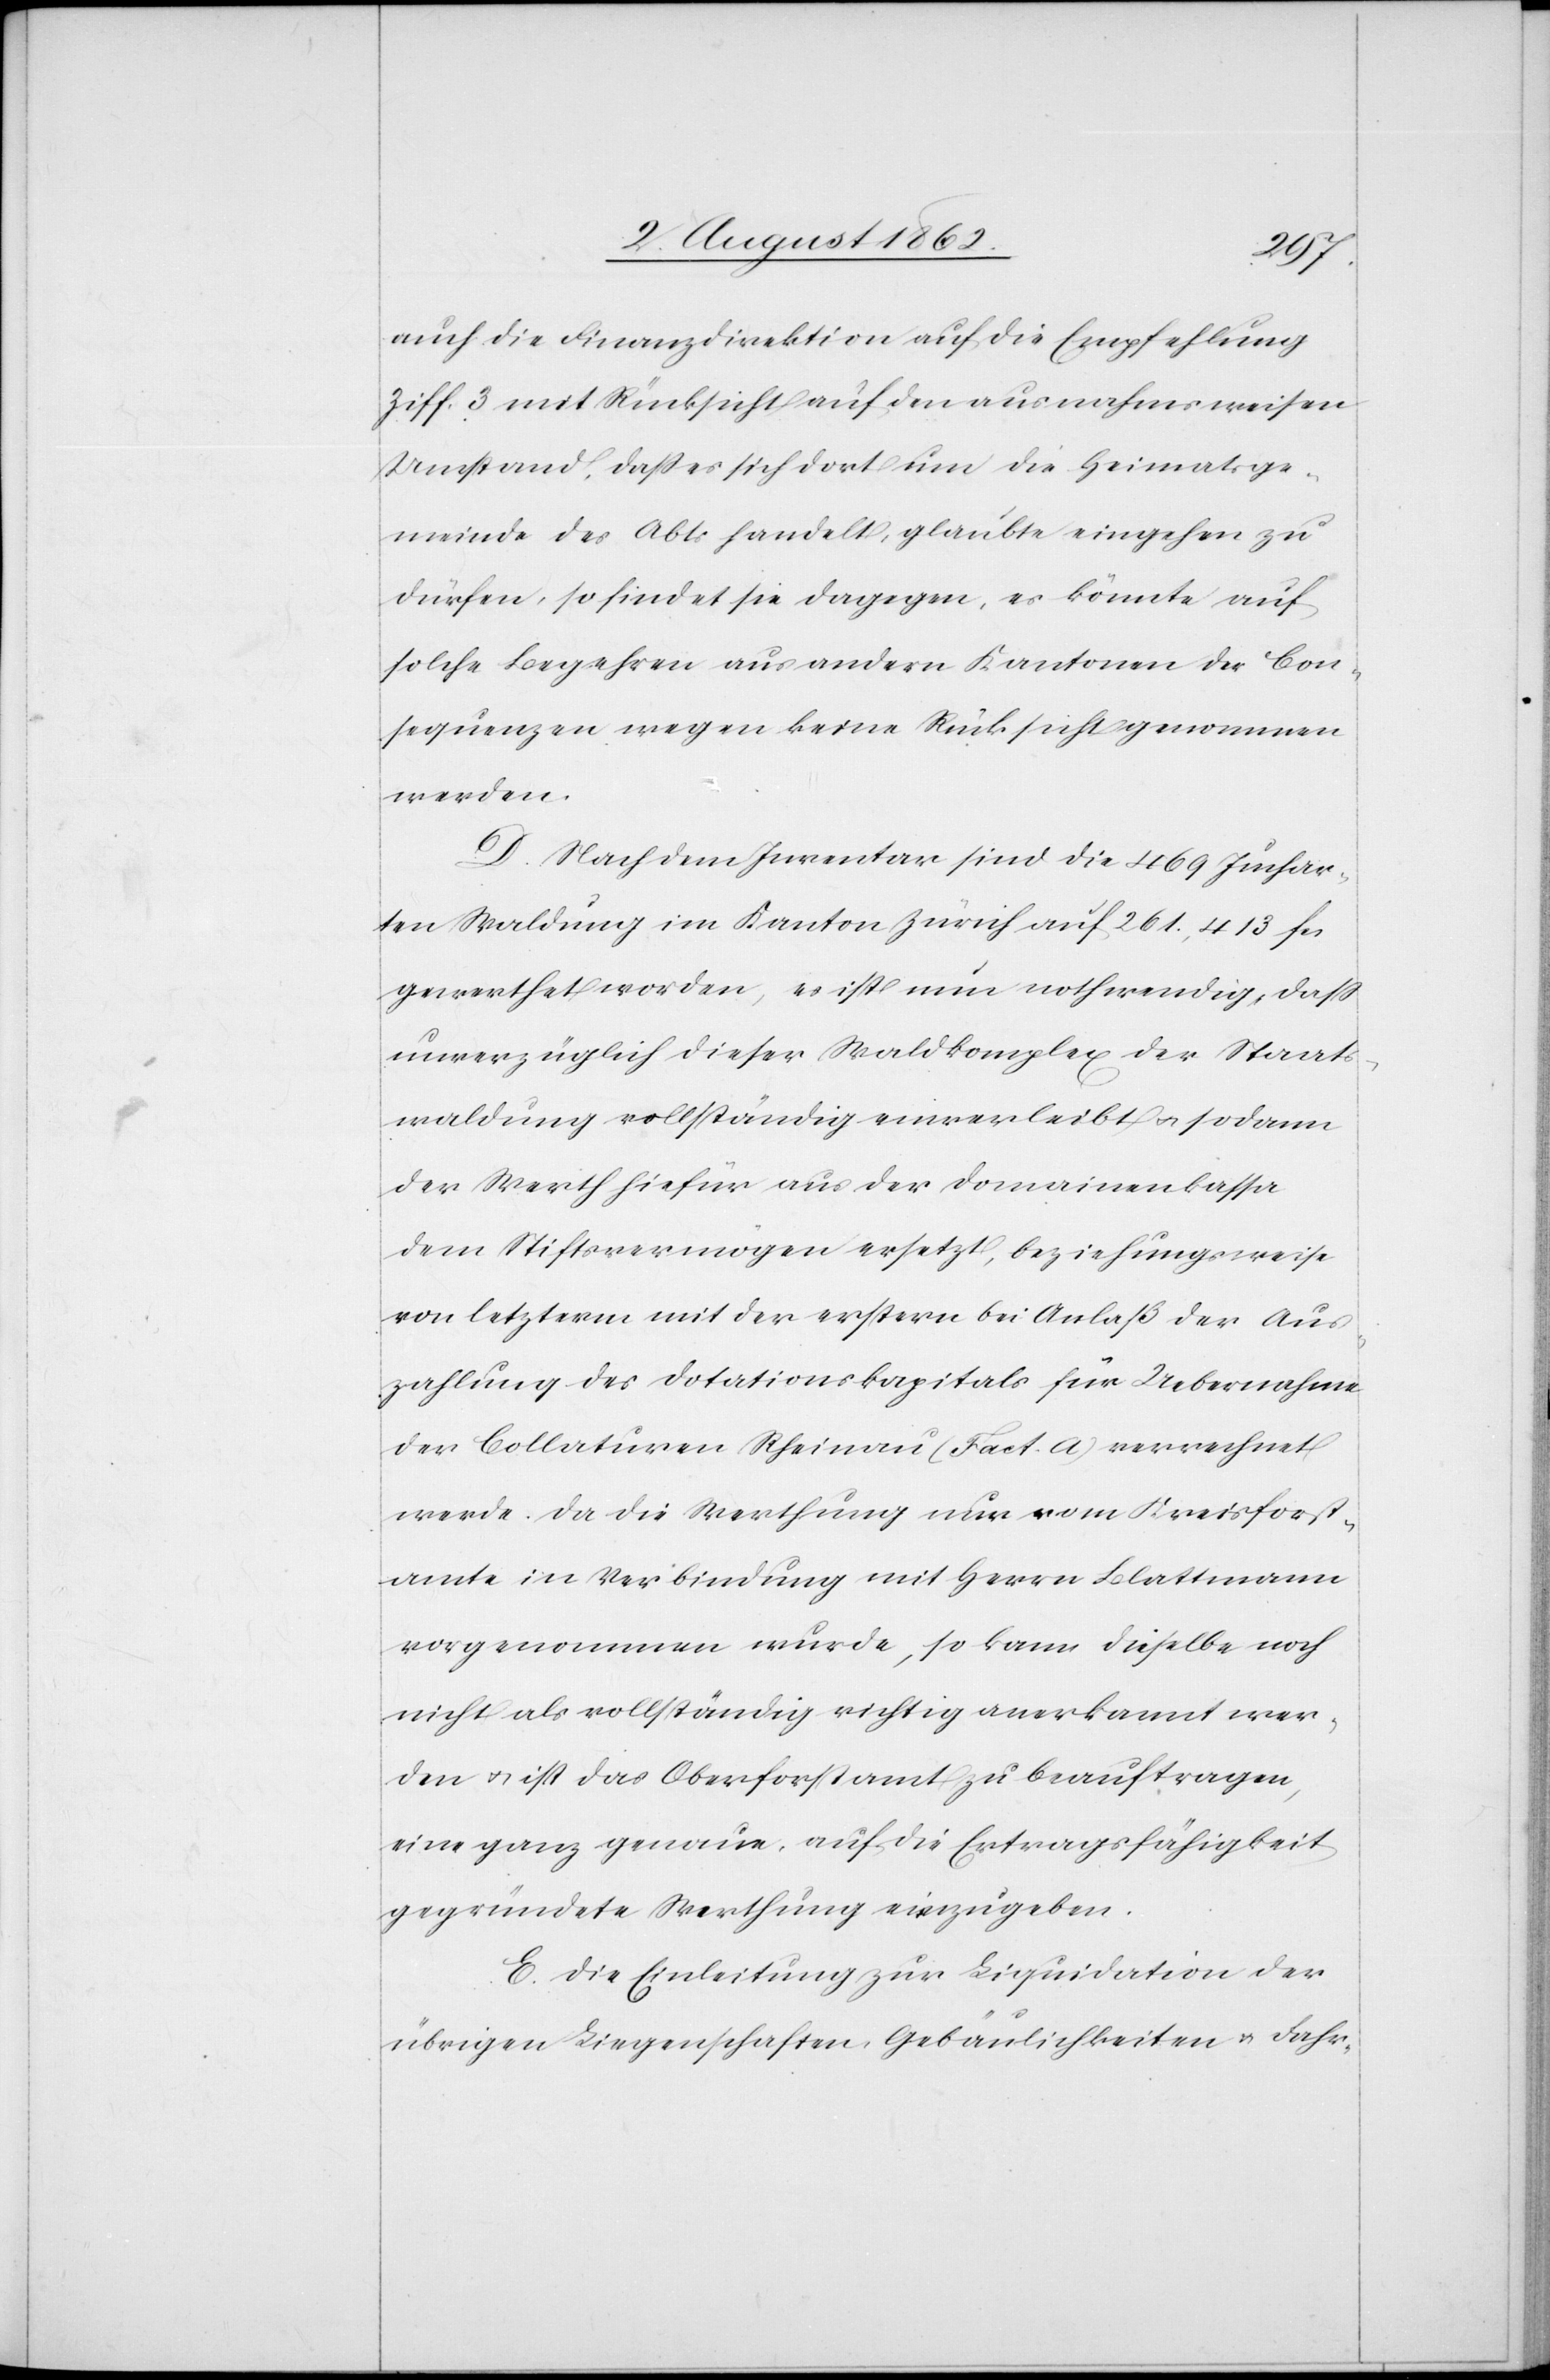
auch die Finanzdirektion auf die Empfehlung
Ziff. 3 mit Rücksicht auf den ausnahmsweisen
Umstand, daß es sich dort um die Heimatsge¬
meinde des Abts handelt, glaubte eingehen zu
dürfen, so findet sie dagegen, es könnte auf
solche Begehren aus andern Kantonen der Con¬
sequenzen wegen keine Rücksicht genommen
werden.
D. Nach dem Inventar sind die 469 Juchar¬
ten Waldung im Kanton Zürich auf 261,413 fcs.
gewerthet worden, es ist nun nothwendig, daß
unverzüglich dieser Waldkomplex der Staats¬
waldung vollständig einverleibt u. sodann
der Werth hiefür aus der Domainenkassa
dem Stiftsvermögen ersetzt, beziehungsweise
von letzterm mit der erstern bei Anlaß der Aus¬
zahlung des Dotationskapitals für Uebernahme
der Collaturen Rheinau (Fact. A) verrechnet
werde. Da die Werthung nur vom Kreisforst¬
amte in der Verbindung mit Herrn Blattmann
vorgenommen wurde, so kann dieselbe noch
nicht als vollständig richtig anerkannt wer¬
den u. ist das Oberforstamt zu beauftragen,
eine ganz genaue, auf die Ertragsfähigkeit
gegründete Werthung einzugeben.
E. Die Einleitung zur Liquidation der
übrigen Liegenschaften, Gebäulichkeiten u. Fahr-